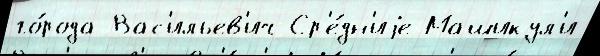
го́рода Вас'ильев'ич Ср'е́дн'иjе Машикул'и